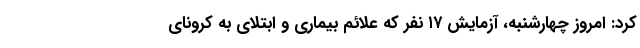
کرد: امروز چهارشنبه، آزمایش ۱۷ نفر که علائم بیماری و ابتلای به کرونای